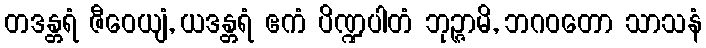
တဒန္တရံ ဇီဝေယျံ, ယဒန္တရံ ဧကံ ပိဏ္ဍပါတံ ဘုဉ္ဇာမိ, ဘဂဝတော သာသနံ